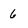
Character: 6